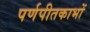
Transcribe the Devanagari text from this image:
पर्णपीतकाभों